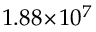
1 . 8 8 \! \times \! 1 0 ^ { 7 }